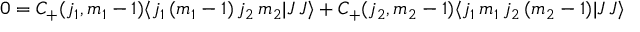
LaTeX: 0 = C _ { + } ( j _ { 1 } , m _ { 1 } - 1 ) \langle j _ { 1 } \, ( m _ { 1 } - 1 ) \, j _ { 2 } \, m _ { 2 } | J \, J \rangle + C _ { + } ( j _ { 2 } , m _ { 2 } - 1 ) \langle j _ { 1 } \, m _ { 1 } \, j _ { 2 } \, ( m _ { 2 } - 1 ) | J \, J \rangle